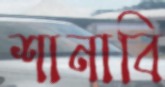
শানাবি